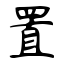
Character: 置